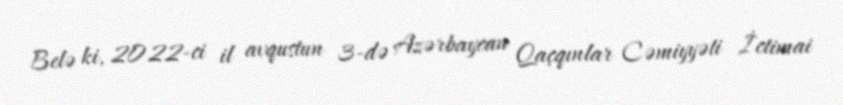
Belə ki, 2022-ci il avqustun 3-də Azərbaycan Qaçqınlar Cəmiyyəti İctimai